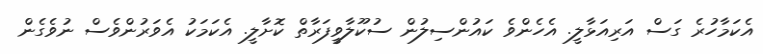
އެކަމާހުރެ ގަސް އަރިއަޅާލީ. އެހެންވެ ކައުންސިލުން ސުކޫލާވީފަރާތް ކޮށާލީ. އެކަމަކު އެވަރުންވެސް ނުވެގެން